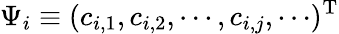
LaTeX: \Psi_{i}\equiv(c_{i,1},c_{i,2},\cdots,c_{i,j},\cdots)^{\mathrm{T}}